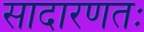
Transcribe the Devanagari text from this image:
सादारणतः